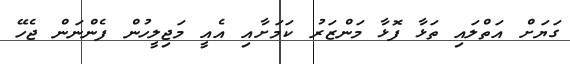
ގަޔަށް އަތްލައި ތަޅާ ފޮޅާ މަންޒަރު ކަމަށާއި އެއީ މަޖިލީހުން ފެންނަން ޖެހޭ